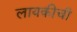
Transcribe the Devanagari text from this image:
लायकीची